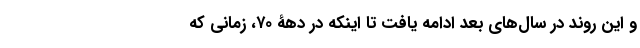
و این روند در سال‌های بعد ادامه یافت تا اینکه در دهۀ ۷۰، زمانی که